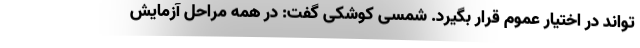
‌تواند در اختیار عموم قرار بگیرد. شمسی کوشکی گفت: در همه مراحل آزمایش